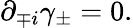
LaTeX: \partial_{\mp i}\gamma_{\pm}=0.